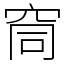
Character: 䆚